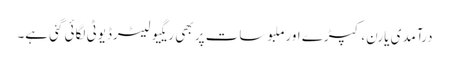
درآمدی یارن، کپڑے اورملبوسات پر بھی ریگیولیٹرڈیوٹی لگائی گئی ہے۔